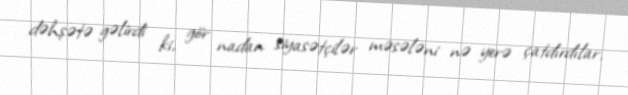
dəhşətə gəlirdi ki, gör nadan siyasətçilər məsələni nə yerə çatdırdılar.